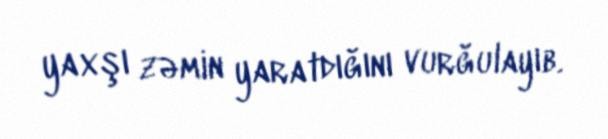
yaxşı zəmin yaratdığını vurğulayıb.